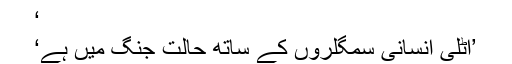
‘
’اٹلی انسانی سمگلروں کے ساتھ حالتِ جنگ میں ہے‘